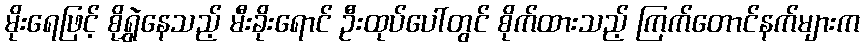
မိုးရေဖြင့် စိုရွှဲနေသည့် မီးခိုးရောင် ဦးထုပ်ပေါ်တွင် စိုက်ထားသည့် ကြက်တောင်နက်များက